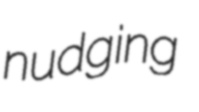
nudging